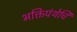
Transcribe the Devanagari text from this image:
भक्तिपंथेचि